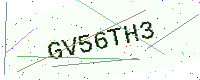
Text: GV56TH3